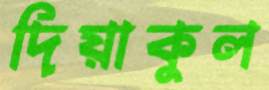
দিয়াকুল